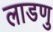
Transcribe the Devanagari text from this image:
लाडणु